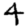
Digit: 4